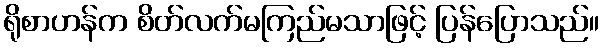
ရိုစာဟန်က စိတ်လက်မကြည်မသာဖြင့် ပြန်ပြောသည်။